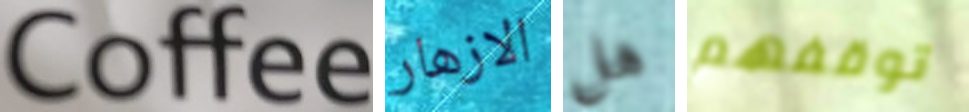
Coffee الازهار هل توقفهم